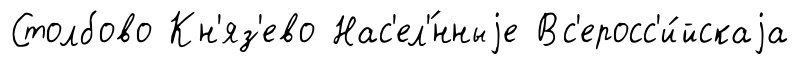
Столбово Кн'яз'ево Нас'ел'́нныjе Вс'еросс'и́йскаjа